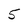
Character: 5